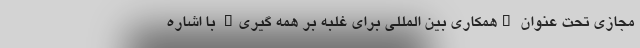
مجازی تحت عنوان "همکاری بین المللی برای غلبه بر همه گیری" با اشاره